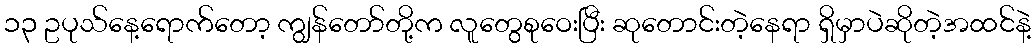
၁၃ ဥပုသ်နေ့ရောက်တော့ ကျွန်တော်တို့က လူတွေစုဝေးပြီး ဆုတောင်းတဲ့နေရာ ရှိမှာပဲဆိုတဲ့အထင်နဲ့